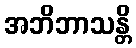
အဘိဘာသန္တိ